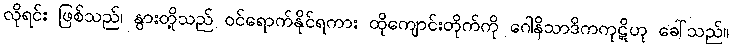
လိုရင်း ဖြစ်သည်၊ နွားတို့သည် ဝင်ရောက်နိုင်ရကား ထိုကျောင်းတိုက်ကို ဂေါနိသာဒိကကုဋိဟု ခေါ်သည်။